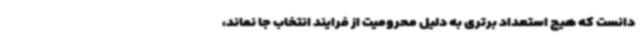
دانست که هیچ استعداد برتری به دلیل محرومیت از فرایند انتخاب جا نماند،